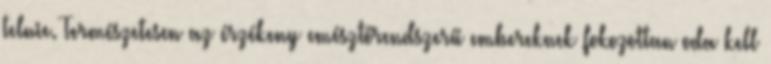
telnie. Természetesen az érzékeny emésztőrendszerű embereknek fokozottan oda kell